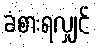
ခံစားရလျှင်